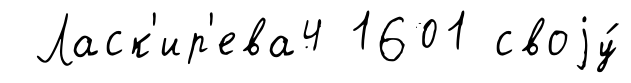
Ласк'ир'ева4 1601 своjу́